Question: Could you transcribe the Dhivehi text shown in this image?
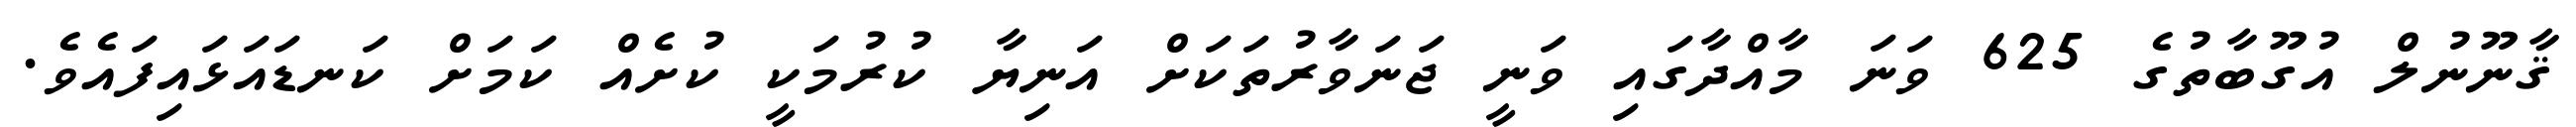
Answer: ޤާނޫނުލް އުގޫބާތުގެ 625 ވަނަ މާއްދާގައި ވަނީ ޖަނަވާރުތަކަށް އަނިޔާ ކުރުމަކީ ކުށެއް ކަމަށް ކަނޑައަޅައިފައެވެ.